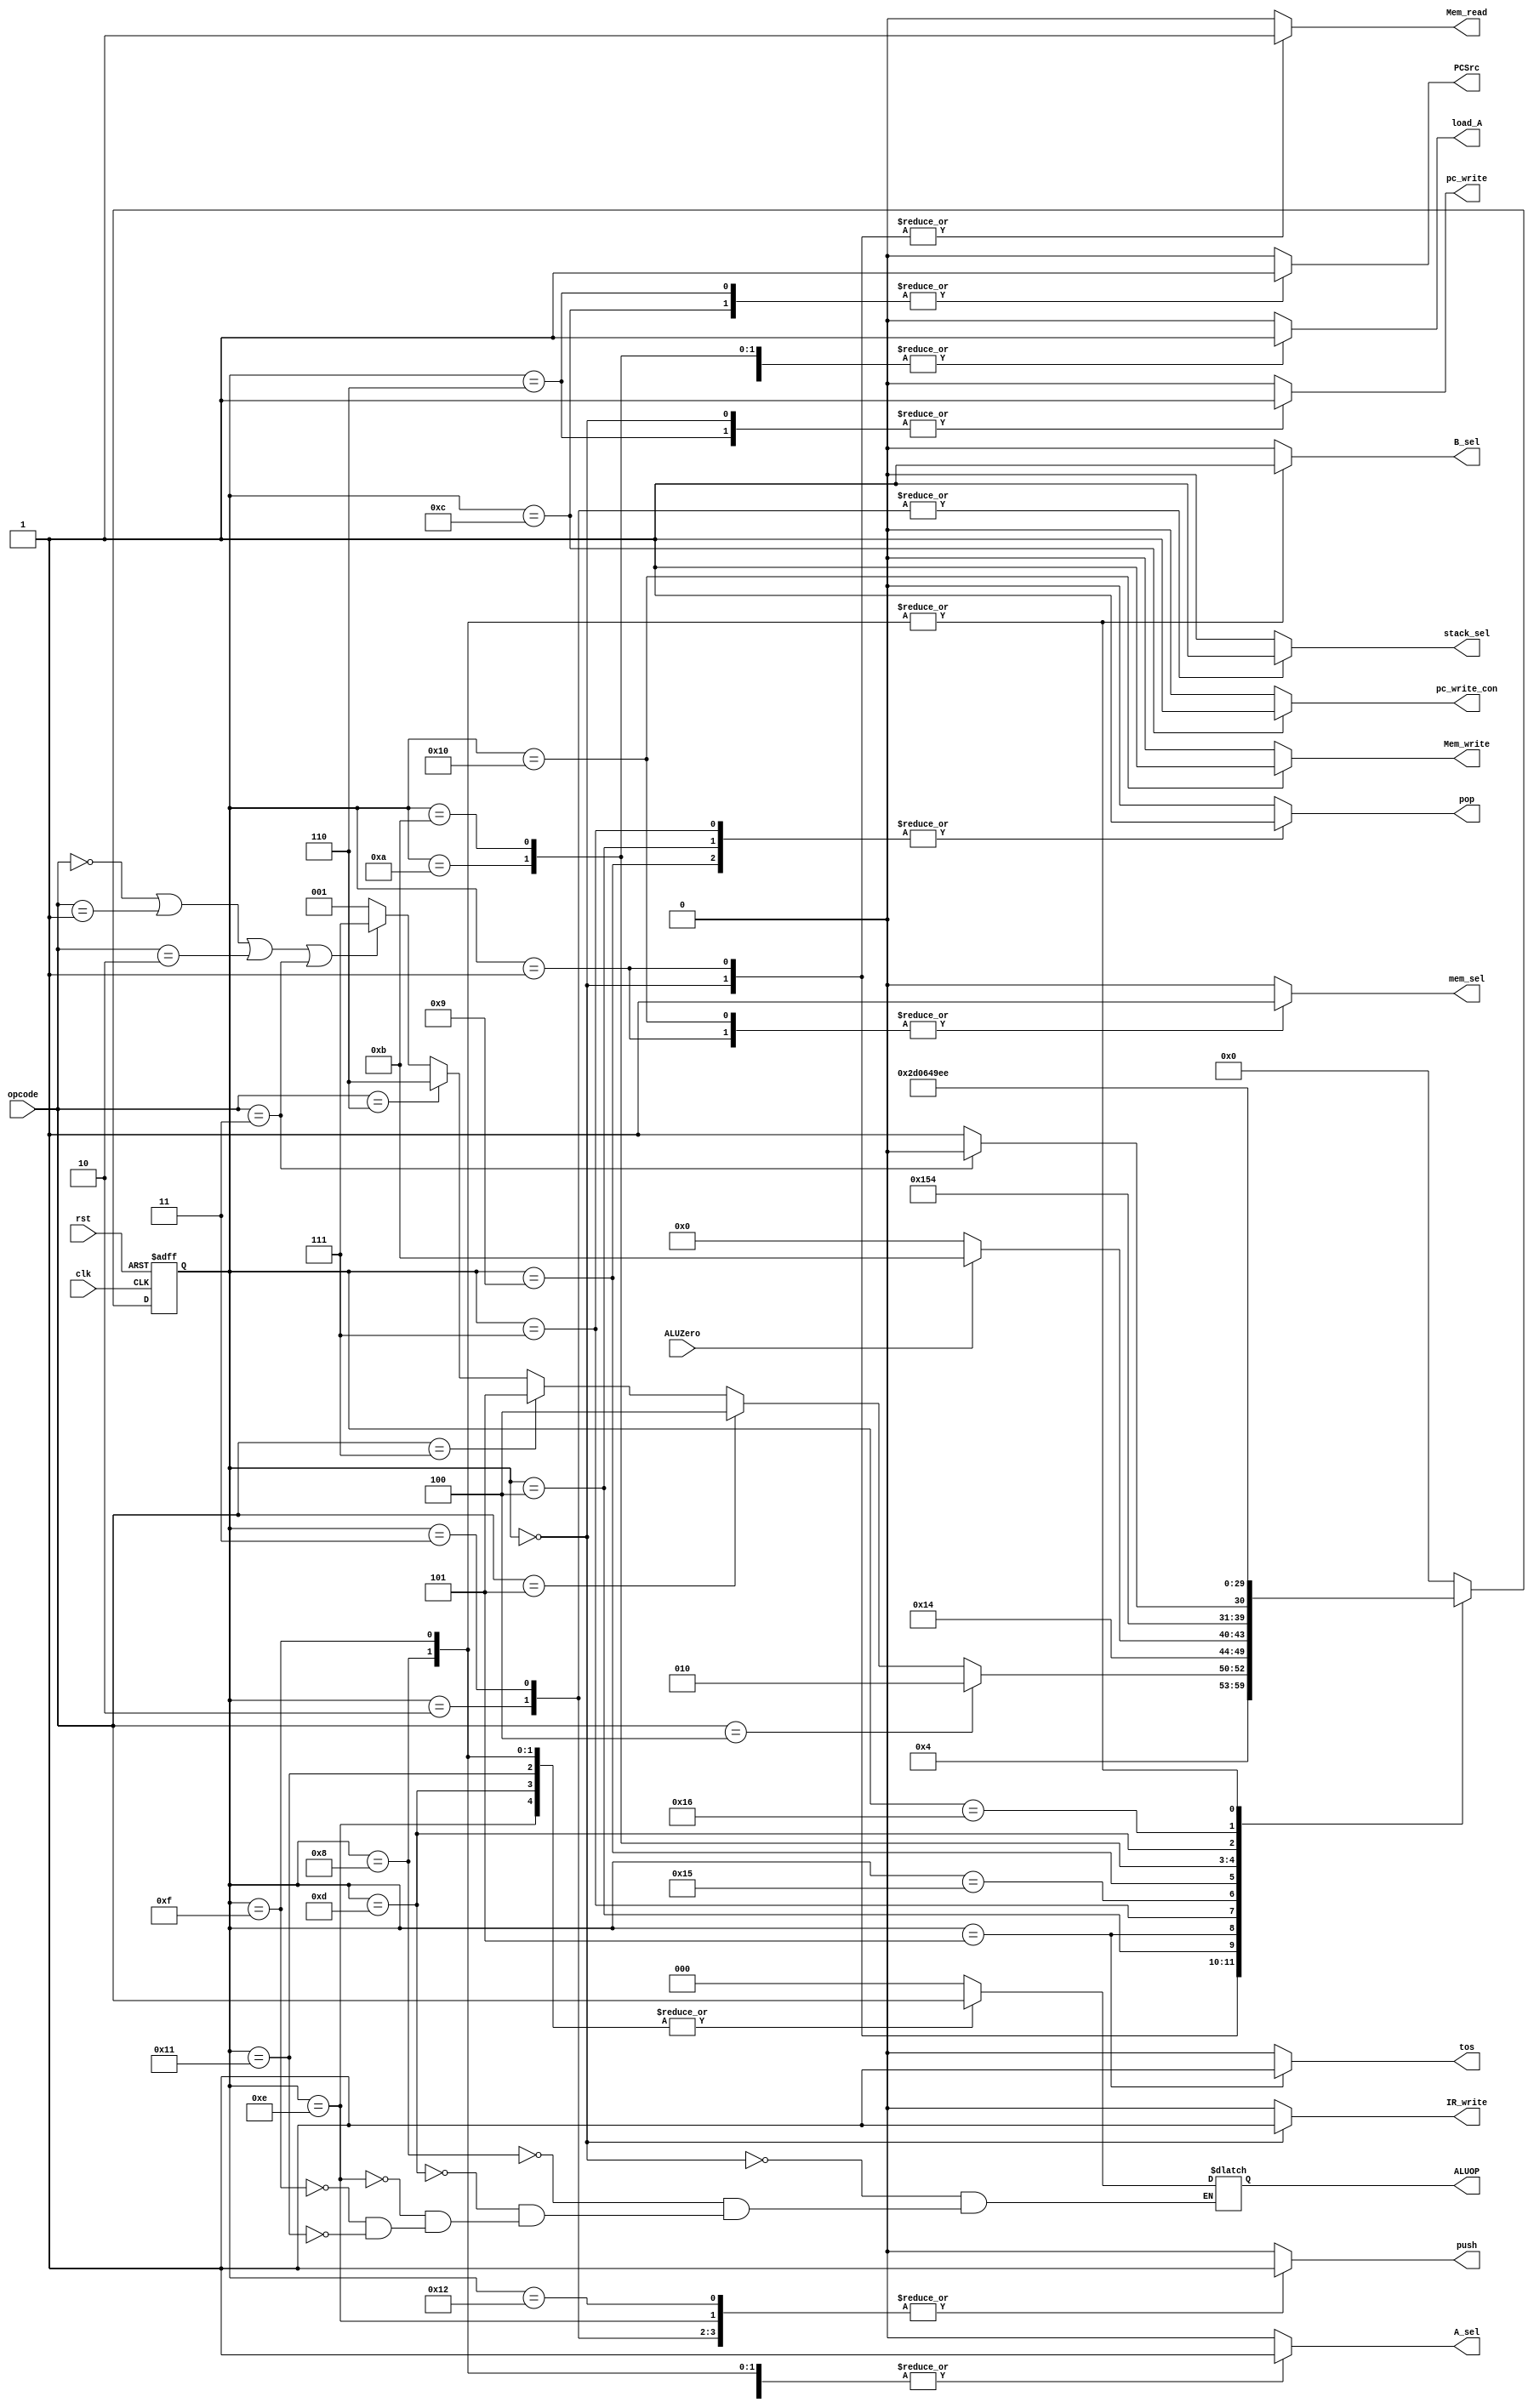
module controller(input clk, rst, input[2:0] opcode, input ALUZero, output reg PCSrc, pc_write, pc_write_con, mem_sel, Mem_read, Mem_write, 
		IR_write, stack_sel, load_A, A_sel, B_sel, push, pop, tos, output reg [2:0]ALUOP);

	reg [4:0] ps, ns;
	parameter [5:0] A = 6'd0, B = 6'd1, C_TEMP = 6'd2, C = 6'd3, D = 6'd4, E = 6'd5, F = 6'd6, G = 6'd7,
			H_NOT = 6'd8, H = 6'd9, I = 6'd10, J = 6'd11, P = 6'd12, M = 6'd13, N_NOT = 6'd14,
			N = 6'd15, O = 6'd16, R_NOT = 6'd17, R = 6'd18, DONE = 6'd19, IDLE = 6'd20, G_TEMP = 6'd21, N_tmp = 6'd22;

	always @(ps, ALUZero, opcode)begin
		{PCSrc, pc_write, pc_write_con, mem_sel, Mem_read, Mem_write, 
		IR_write, stack_sel, load_A, A_sel, B_sel, push, pop, tos} = 15'd0;
   		ns = A;
    		case (ps)
			/*IDLE: begin
				ns = rst ? IDLE : A;
			end
			DONE: begin
				ns = DONE;
			end*/
      			A: begin //instruction fetch
				{Mem_read, IR_write, pc_write, mem_sel} = 4'b1110;
				ALUOP = 3'd0;
				ns = B;
			
      			end
			B: begin //instrudtion decode
				//ALUOP = 3'd0;
				{mem_sel, Mem_read} = 2'b11;
				ns = (opcode == 3'b100) ? C_TEMP : 
				     (opcode == 3'b101) ? D :
				     (opcode == 3'b111) ? E : 
				     (opcode == 3'b110) ? F : 
				     (opcode == 3'b000 || opcode == 3'b001 ||
					 opcode == 3'b010 || opcode == 3'b011) ? G : B;
      			end
			C_TEMP: begin //push
				ns = A;
				{push, stack_sel} = 2'b11;
			end
			C: begin //push dummy state
				{push, stack_sel, pc_write, mem_sel, Mem_read} = 5'b11000;
				ns = A;
      			end
			D: begin //pop
				pop = 1'b1;
				ns = I;
      			end
			E: begin //jz
				tos = 1'b1;
				ns = ALUZero == 1'b1 ? J : A;
      			end
			F: begin //j
				{pc_write, PCSrc} = 2'b11;
				ns = A;
      			end
			G: begin //add, and, sub, not
				pop = 1;
				ns = G_TEMP;
			end
			G_TEMP: begin //add, and, sub, not
				//pop = 1;
				load_A = 1'b1;
				ns = (opcode == 3'd011) ? H_NOT : H;
			end
			H_NOT: begin //not
				ALUOP = opcode; //alucontrolsrc check she
				{A_sel, B_sel} = 2'b11; //
				ns = N_NOT;
			end
			H: begin //add, and, sub
				pop = 1;
				ns = N_tmp;//state haye bishtar baraye har opcode sum/and/not ezafe shavad
			end
			I: begin //pop
				{load_A} = 1'b1;
				ns = O;
			end
			J: begin //jz
				load_A = 1'b1;
				ns = P;
			end
			P: begin //jz to be chcked
				{pc_write_con, PCSrc, A_sel} = 3'b111;
				ns = A;
			end
			M: begin //add, sub, and dummy
				A_sel = 1'b1;
				ALUOP = opcode;
				ns = R;
			end
			N_NOT: begin //not
				ALUOP = opcode;
				stack_sel = 1'b0;
				push = 1'b1;
				ns = A;
			end
			N_tmp: begin
				ns = N;
			end
			N: begin //add, sub, and
				ALUOP = opcode;
				{A_sel, B_sel} = 2'b11;
				ns = N_NOT;
			end
			O: begin //pop
				{mem_sel, Mem_write} = 2'b11;
				ns = A;
			end
			R_NOT: begin //not dummy
				ALUOP = opcode;
				A_sel = 1'b1;
				ns = A;
			end
			R: begin //add, sub, and
				push = 1'b1;
				stack_sel = 1'b0;
				ns = A;
			end
		endcase
	end

	always @(posedge clk, posedge rst)begin
		if(rst)
			ps <= A;
		else
			ps <= ns;
	end

endmodule